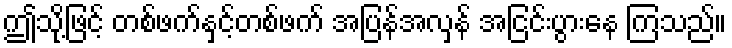
ဤသို့ဖြင့် တစ်ဖက်နှင့်တစ်ဖက် အပြန်အလှန် အငြင်းပွားနေ ကြသည်။